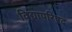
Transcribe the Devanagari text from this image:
विद्यापरिषद